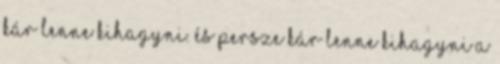
Kár lenne kihagyni. És persze kár lenne kihagyni a